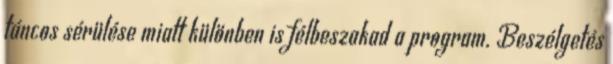
táncos sérülése miatt különben is félbeszakad a program. Beszélgetés